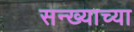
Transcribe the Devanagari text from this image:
सन्ख्याच्या